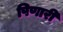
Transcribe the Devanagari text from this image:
पिणारी